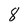
Character: 8